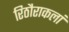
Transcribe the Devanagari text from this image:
रिठौराकलां